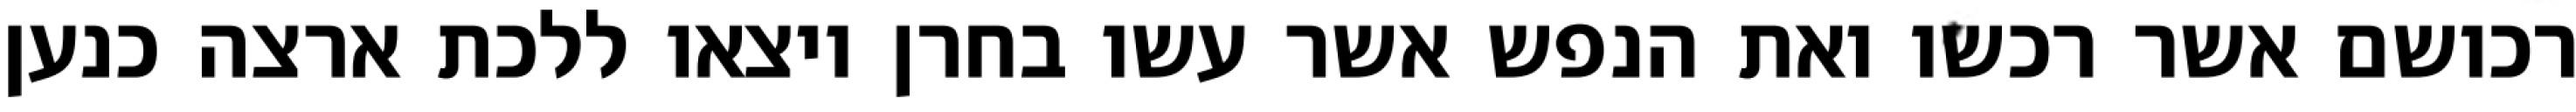
רכושם אשר רכשו ואת הנפש אשר עשו בחרן ויצאו ללכת ארצה כנען